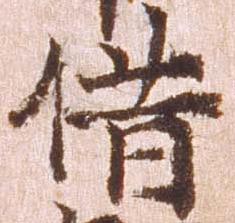
借